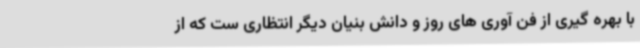
با بهره گیری از فن آوری های روز و دانش بنیان دیگر انتظاری ست که از